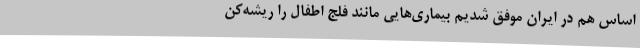
اساس هم در ایران موفق شدیم بیماری‌هایی مانند فلج اطفال را ریشه‌کن